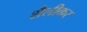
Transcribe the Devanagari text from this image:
शैलीकर